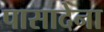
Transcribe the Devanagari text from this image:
पासादेना